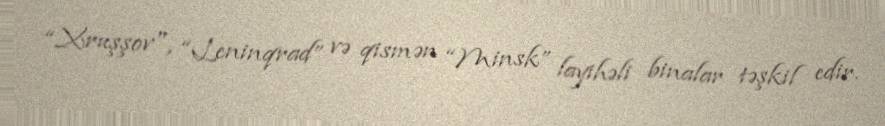
“Xruşşov", “Leninqrad” və qismən “Minsk” layihəli binalar təşkil edir.